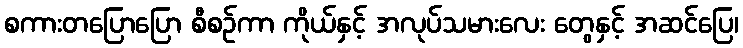
စကားတပြောပြော စီစဉ်ကာ ကိုယ်နှင့် အလုပ်သမားလေး တွေနှင့် အဆင်ပြေ၊